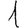
Digit: 1